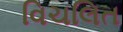
વિચલિત